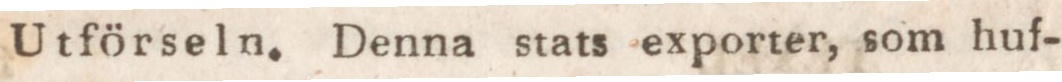
Utförseln. Denna stats exporter, som huf-